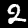
Digit: 2